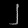
Digit: ၂